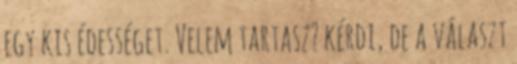
egy kis édességet. Velem tartasz? kérdi, de a választ